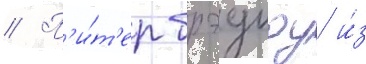
// П'и́т'ер брэдшоу и́з